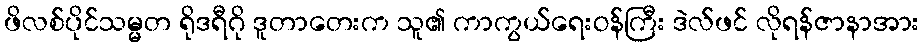
ဖိလစ်ပိုင်သမ္မတ ရိုဒရီဂို ဒူတာတေးက သူ၏ ကာကွယ်ရေးဝန်ကြီး ဒဲလ်ဖင် လိုရန်ဇာနာအား